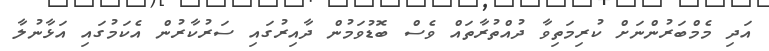
އަދި މެމްބަރުންނަށް ކުރިމަތިވާ ދުއްތުރާތައް ވެސް ބޮޑުވަމުން ދާއިރުގައި ސަރުކާރުން އެކަމުގައި އަޅާނުލާ